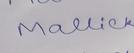
Signature authenticity: genuine